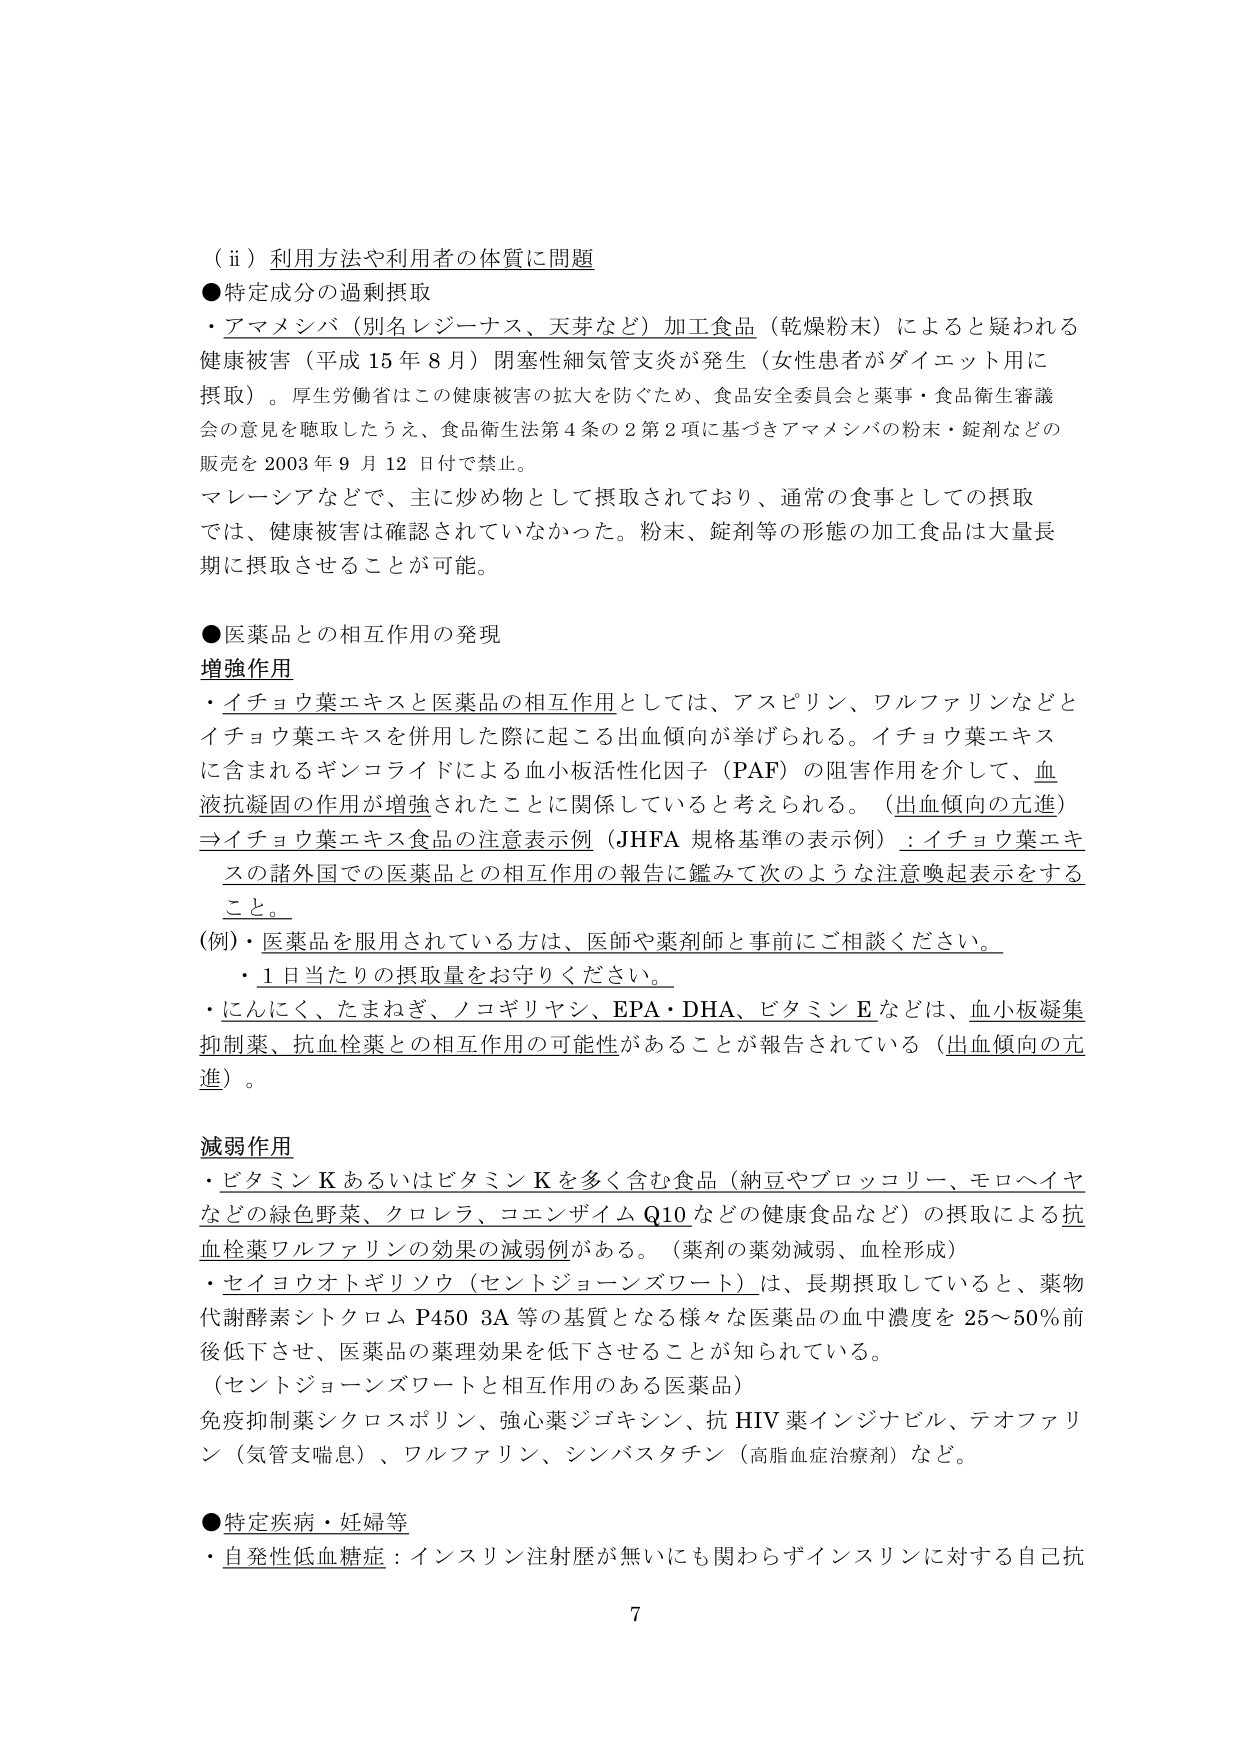
（ⅱ）利用方法や利用者の体質に問題
●特定成分の過剰摂取
・アマメシバ（別名レジーナス、天芽など）加工食品（乾燥粉末）によると疑われる健康被害（平成15年8月）閉塞性細気管支炎が発生（女性患者がダイエット用に摂取）。厚生労働省はこの健康被害の拡大を防ぐため、食品安全委員会と薬事・食品衛生審議会の意見を聴取したうえ、食品衛生法第4条の2第2項に基づきアマメシバの粉末・錠剤などの販売を2003年9月12日付で禁止。
マレーシアなどで、主に炒め物として摂取されており、通常の食事としての摂取では、健康被害は確認されていなかった。粉末、錠剤等の形態の加工食品は大量長期に摂取させることが可能。

●医薬品との相互作用の発現
増強作用
・イチョウ葉エキスと医薬品の相互作用としては、アスピリン、ワルファリンなどとイチョウ葉エキスを併用した際に起こる出血傾向が挙げられる。イチョウ葉エキスに含まれるギンコライドによる血小板活性化因子（PAF）の阻害作用を介して、血液抗凝固の作用が増強されたことに関係していると考えられる。（出血傾向の亢進）
⇒イチョウ葉エキス食品の注意表示例（JHFA規格基準の表示例）：イチョウ葉エキスの諸外国での医薬品との相互作用の報告に鑑みて次のような注意喚起表示をすること。
（例）・医薬品を服用されている方は、医師や薬剤師と事前にご相談ください。
・1日当たりの摂取量をお守りください。
・にんにく、たまねぎ、ノコギリヤシ、EPA・DHA、ビタミンEなどは、血小板凝集抑制薬、抗血栓薬との相互作用の可能性があることが報告されている（出血傾向の亢進）。

減弱作用
・ビタミンKあるいはビタミンKを多く含む食品（納豆やブロッコリー、モロヘイヤなどの緑色野菜、クロレラ、コエンザイムQ10などの健康食品など）の摂取による抗血栓薬ワルファリンの効果の減弱例がある。（薬剤の薬効減弱、血栓形成）
・セイヨウオトギリソウ（セントジョーンズワート）は、長期摂取していると、薬物代謝酵素シトクロムP450 3A等の基質となる様々な医薬品の血中濃度を25～50％前後低下させ、医薬品の薬理効果を低下させることが知られている。
（セントジョーンズワートと相互作用のある医薬品）
免疫抑制薬シクロスポリン、強心薬ジゴキシン、抗HIV薬インジナビル、テオファリン（気管支喘息）、ワルファリン、シンバスタチン（高脂血症治療剤）など。

●特定疾病・妊婦等
・自発性低血糖症：インスリン注射歴が無いにも関わらずインスリンに対する自己抗

7